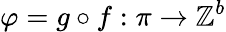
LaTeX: \varphi=g\circ f:\pi\to\mathbb{Z}^{b}